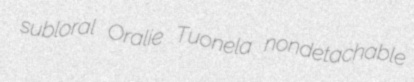
subloral Oralie Tuonela nondetachable